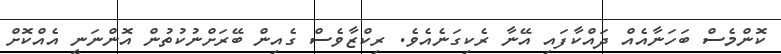
ކޮންމެސް ބަހަނާއެއް ދައްކާފައި އޭނާ ރެކިގަނެއެވެ. ރިކްޒާވެސް ގެއިން ބޭރަށްނުކުތުން އޮންނަނީ އެއްކޮށް